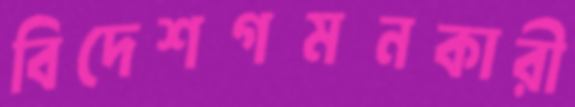
বিদেশগমনকারী